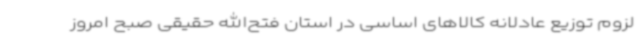
لزوم توزیع عادلانه کالاهای اساسی در استان فتح‌الله حقیقی صبح امروز